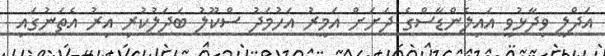
އަދްލީ ވިދާޅުވީ އައިލެންޑާސްގެ ދަށަށް އަމީރު އަހުމަދު ސްކޫލު ބަދަލުކުރި އިރު އެތަނުގައި